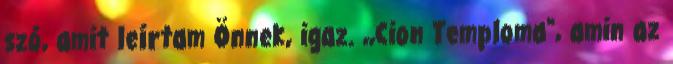
szó, amit leírtam Önnek, igaz. ,,Cion Temploma", amin az